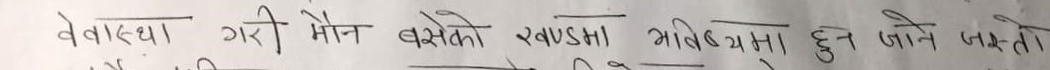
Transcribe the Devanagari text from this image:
वेवास्था गरी मौन बसेको खण्डमा भविष्यमा हुने जोन्तो जस्तो